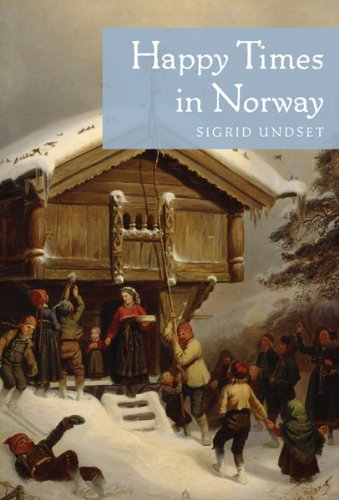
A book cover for Happy Times in Norway; Sigrid Undset; Biographies & Memoirs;